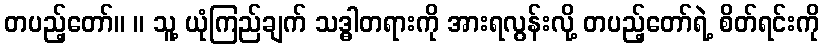
တပည့်တော်။ ။ သူ့ ယုံကြည်ချက် သဒ္ဓါတရားကို အားရလွန်းလို့ တပည့်တော်ရဲ့ စိတ်ရင်းကို